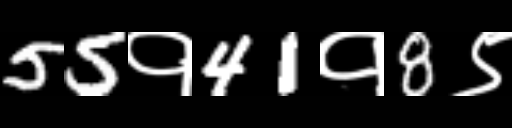
Text: 55१41१8९